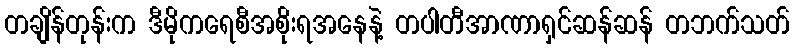
တချိန်တုန်းက ဒီမိုကရေစီအစိုးရအနေနဲ့ တပါတီအာဏာရှင်ဆန်ဆန် တဘက်သတ်